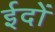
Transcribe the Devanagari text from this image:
ईदों